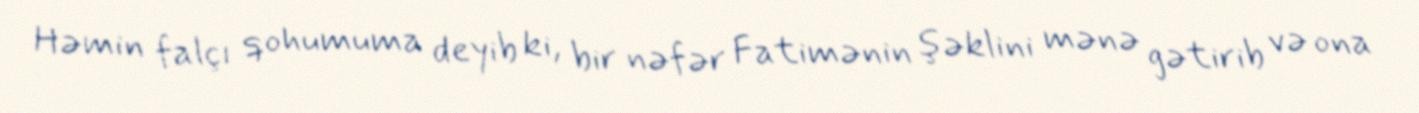
Həmin falçı qohumuma deyib ki, bir nəfər Fatimənin şəklini mənə gətirib və ona